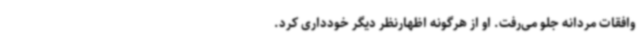
وافقات مردانه جلو می‌رفت. او از هرگونه اظهارنظر دیگر خودداری کرد.